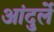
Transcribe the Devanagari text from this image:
आंदुर्ले